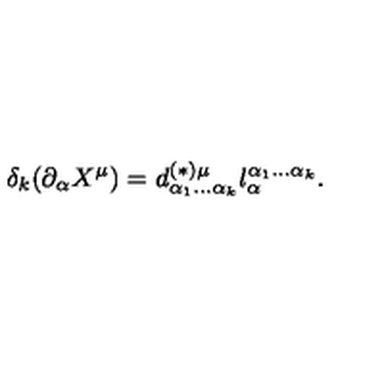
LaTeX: \delta _ { k } ( \partial _ { \alpha } X ^ { \mu } ) = d _ { \alpha _ { 1 } \ldots \alpha _ { k } } ^ { ( \ast ) \mu } l _ { \alpha } ^ { \alpha _ { 1 } \ldots \alpha _ { k } } .